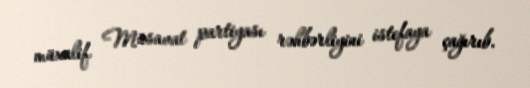
müxalif Müsavat partiyası rəhbərliyini istefaya çağırıb.